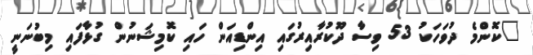
"ކޮންމެ ދުވަހަކު 53 ވިސާ ދޫކުރާއިރުގައި އިންޑިއަން ހައި ކޮމިޝަނުން ގުޅާފައި މިބުނަނީ